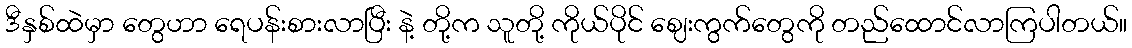
ဒီနှစ်ထဲမှာ တွေဟာ ရေပန်းစားလာပြီး နဲ့ တို့က သူတို့ ကိုယ်ပိုင် ဈေးကွက်တွေကို တည်ထောင်လာကြပါတယ်။